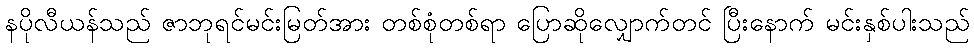
နပိုလီယန်သည် ဇာဘုရင်မင်းမြတ်အား တစ်စုံတစ်ရာ ပြောဆိုလျှောက်တင် ပြီးနောက် မင်းနှစ်ပါးသည်